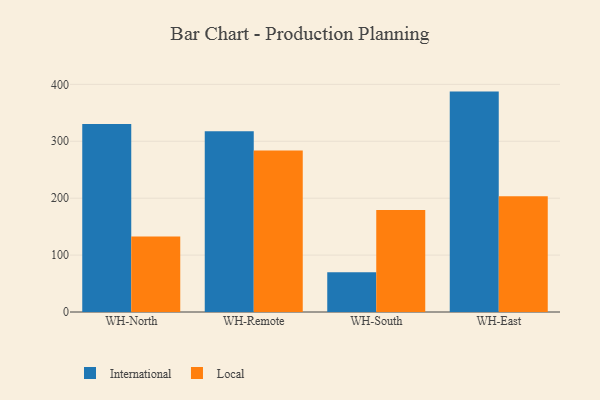
{"axis": {"x": "Warehouse", "y": "Conversion Rate (%)"}, "legend": ["International", "Local"], "data": [{"x": "WH-North", "y": 330.5, "type": "International"}, {"x": "WH-North", "y": 132.5, "type": "Local"}, {"x": "WH-Remote", "y": 317.5, "type": "International"}, {"x": "WH-Remote", "y": 284.0, "type": "Local"}, {"x": "WH-South", "y": 69.9, "type": "International"}, {"x": "WH-South", "y": 179.4, "type": "Local"}, {"x": "WH-East", "y": 387.3, "type": "International"}, {"x": "WH-East", "y": 203.3, "type": "Local"}]}